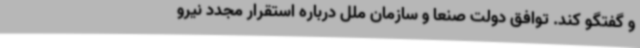
و گفتگو کند. توافق دولت صنعا و سازمان ملل درباره استقرار مجدد نیرو